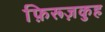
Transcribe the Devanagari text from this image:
फ़िरूज़कुह